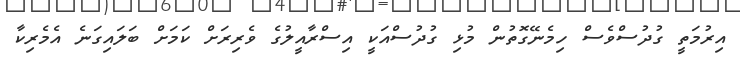
އިރުމަތީ ގުދުސްވެސް ހިމެނޭގޮތުން މުޅި ގުދުސްއަކީ އިސްރާއީލުގެ ވެރިރަށް ކަމަށް ބަލައިގަނެ އެމެރިކާ